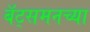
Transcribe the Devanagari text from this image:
बॅट्समनच्या